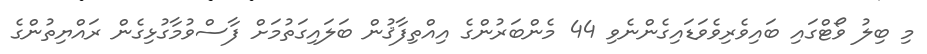
މި ބިލު ވޯޓްގައި ބައިވެރިވެވަޑައިގެންނެވި 44 މެންބަރުންގެ އިއްތިފާޤުން ބަލައިގަތުމަށް ފާސްވުމާގުޅިގެން ރައްޔިތުންގެ